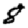
Digit: 8